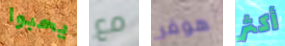
يحبوا مع هوفر أكثر